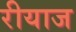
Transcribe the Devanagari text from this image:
रीयाज